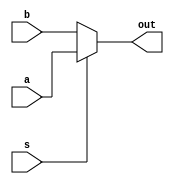
`timescale 1ns / 1ps
//////////////////////////////////////////////////////////////////////////////////
// Company: 
// Engineer: 
// 
// Design Name: 
// Module Name: mux
// Project Name: 
// Target Devices: 
// Tool Versions: 
// Description: 
// 
// Dependencies: 
// 
// Revision:
// Revision 0.01 - File Created
// Additional Comments:
// 
//////////////////////////////////////////////////////////////////////////////////

module mux12bit (a, b, s, out);
    input s;
    input [11:0] a, b;
    output [11:0] out;
    assign out = s ? a : b;
endmodule

module mux16bit (a, b, s, out);
    input s;
    input [15:0] a, b;
    output [15:0] out;
    assign out = s ? a : b;
endmodule

module tri16bit (in, oe, out);
    input oe;
    input [15:0] in;
    output [15:0] out;
    assign out = oe ? in : 16'hz;
endmodule